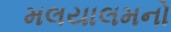
મલયાલમનો